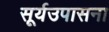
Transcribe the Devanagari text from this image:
सूर्यउपासना